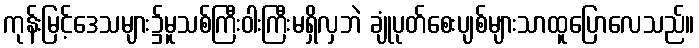
ကုန်းမြင့်ဒေသများ၌မူသစ်ကြီးဝါးကြီးမရှိလှဘဲ ချုံပုတ်စေးပျစ်များသာထူပြောလေသည်။